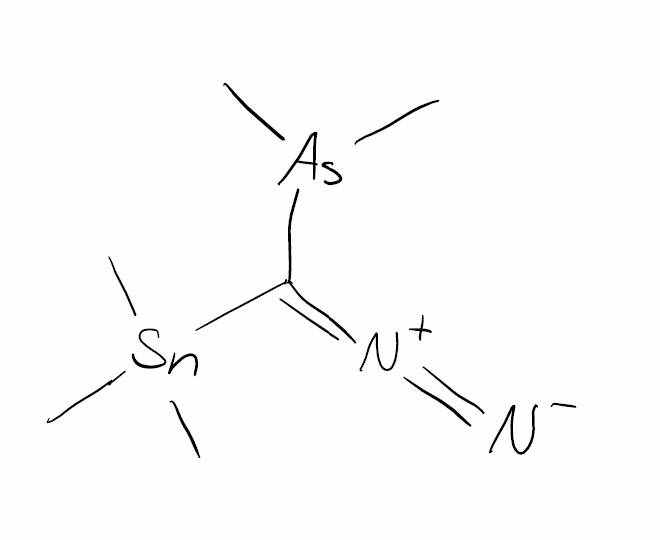
Simplified molecular-input line-entry system (SMILES) notation of the given molecule:
C[As](C)C(=[N+]=[N-])[Sn](C)(C)C